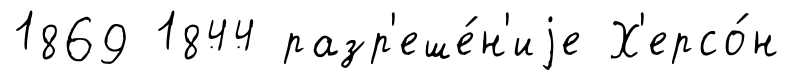
1869 1844 разр'еше́н'иjе Х'ерсо́н